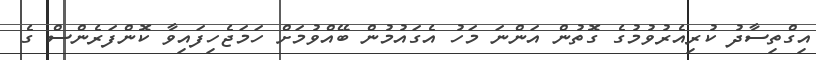
އިގްތިސާދު ކުރިއެރުވުމުގެ ގޮތުން އަންނަ މަހު އެގައުމުން ބޭއްވުމަށް ހަަމަޖެހިފައިވާ ކޮންފަރެންސް ގެ